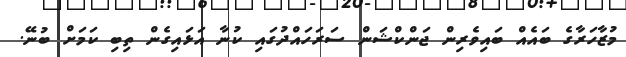
މުޒާހަރާގެ ބައެއް ބައިވެރިން ޖަންކްޝަން ސަރަހައްދުގައި ކުނާ އަޅައިގެން ތިބި ކަމަށް ބުނޭ.